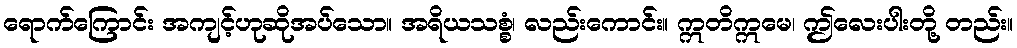
ရောက်ကြောင်း အကျင့်ဟုဆိုအပ်သော။ အရိယသစ္စံ၊ လည်းကောင်း။ ဣတိဣမေ၊ ဤလေးပါးတို့ တည်း။